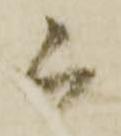
被